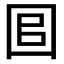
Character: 𡇑